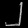
Digit: ၂